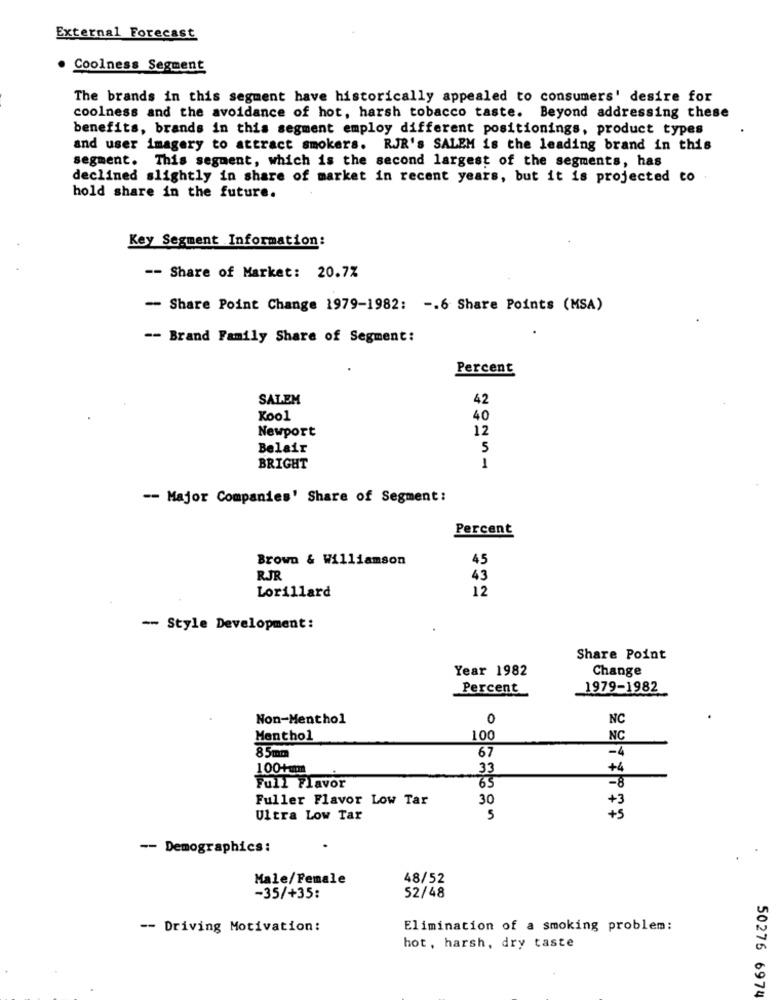
External Forecast
Coolness Segment
The brands in this segment have historically appealed to consumers' desire for
coolness and the avoidance of hot, harsh tobacco taste. Beyond addressing these
benefits, brands in this segment employ different positionings, product types
and user imagery to attract smokers. RJR's SALEM is the leading brand in this
segment. This segment, which is the second largest of the segments, has
declined slightly in share of market in recent years, but it is projected to
hold share in the future.
Key Segment Information:
-- Share of Market: 20.7%
-- Share Point Change 1979-1982: -. 6 Share Points (MSA)
.
-- Brand Family Share of Segment:
Percent
SALEM
42
Kool
40
Newport
12
Belair
5
1
BRIGHT
-- Major Companies' Share of Segment:
Percent
Brown & Williamson
45
RJR
43
Lorillard
12
-- Style Development:
Share Point
Year 1982
Change
Percent
1979-1982
Non-Menthol
0
NC
Menthol
100
NC
85mm
67
-4
100+um
33
+4
Full Flavor
65
-8
Fuller Flavor Low Tar
30
+3
Ultra Low Tar
5
+5
-- Demographics:
Male/Female
48/52
-35/+35:
52/48
-- Driving Motivation:
Elimination of a smoking problem:
hot, harsh, dry taste
50276 6974